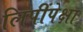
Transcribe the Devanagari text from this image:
लिपींपेक्षा